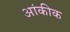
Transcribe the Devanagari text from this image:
आंकीक